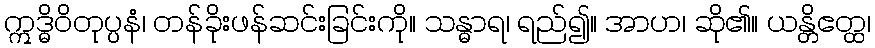
ဣဒ္ဓိဝိတုပ္ပနံ၊ တန်ခိုးဖန်ဆင်းခြင်းကို။ သန္ဓာရ၊ ရည်၍။ အာဟ၊ ဆို၏။ ယန္တိဧတ္ထ၊